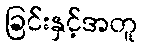
ခြင်းနှင့်အတူ